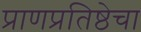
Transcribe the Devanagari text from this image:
प्राणप्रतिष्ठेचा